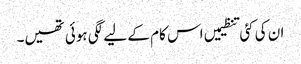
ان کی کئی تنظیمیں اس کام کے لیے لگی ہوئی تھیں۔